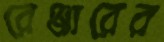
রেঞ্জারের